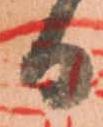
日